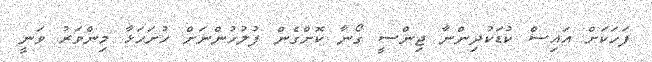
ފަހަކަށް އައިސް ކުޑަކުދިންނާ ޖިންސީ ގޯނާ ކޮށްގެން ފުލުހުންނަށް ހުށަހަޅާ މިންވަރު ވަނީ